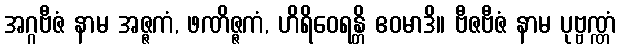
အဂ္ဂဗီဇံ နာမ အဇ္ဇကံ, ဖဏိဇ္ဇကံ, ဟိရိဝေရန္တိ ဧဝမာဒိ။ ဗီဇဗီဇံ နာမ ပုဗ္ဗဏ္ဏံ